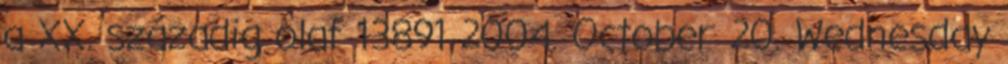
a XX. századig olaf 13891 2004. October 20. Wednesday